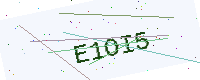
Text: E1OI5